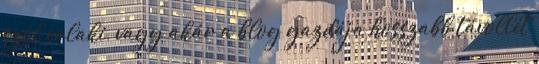
szól valaki, vagy akár a blog gazdája hosszabb távollét